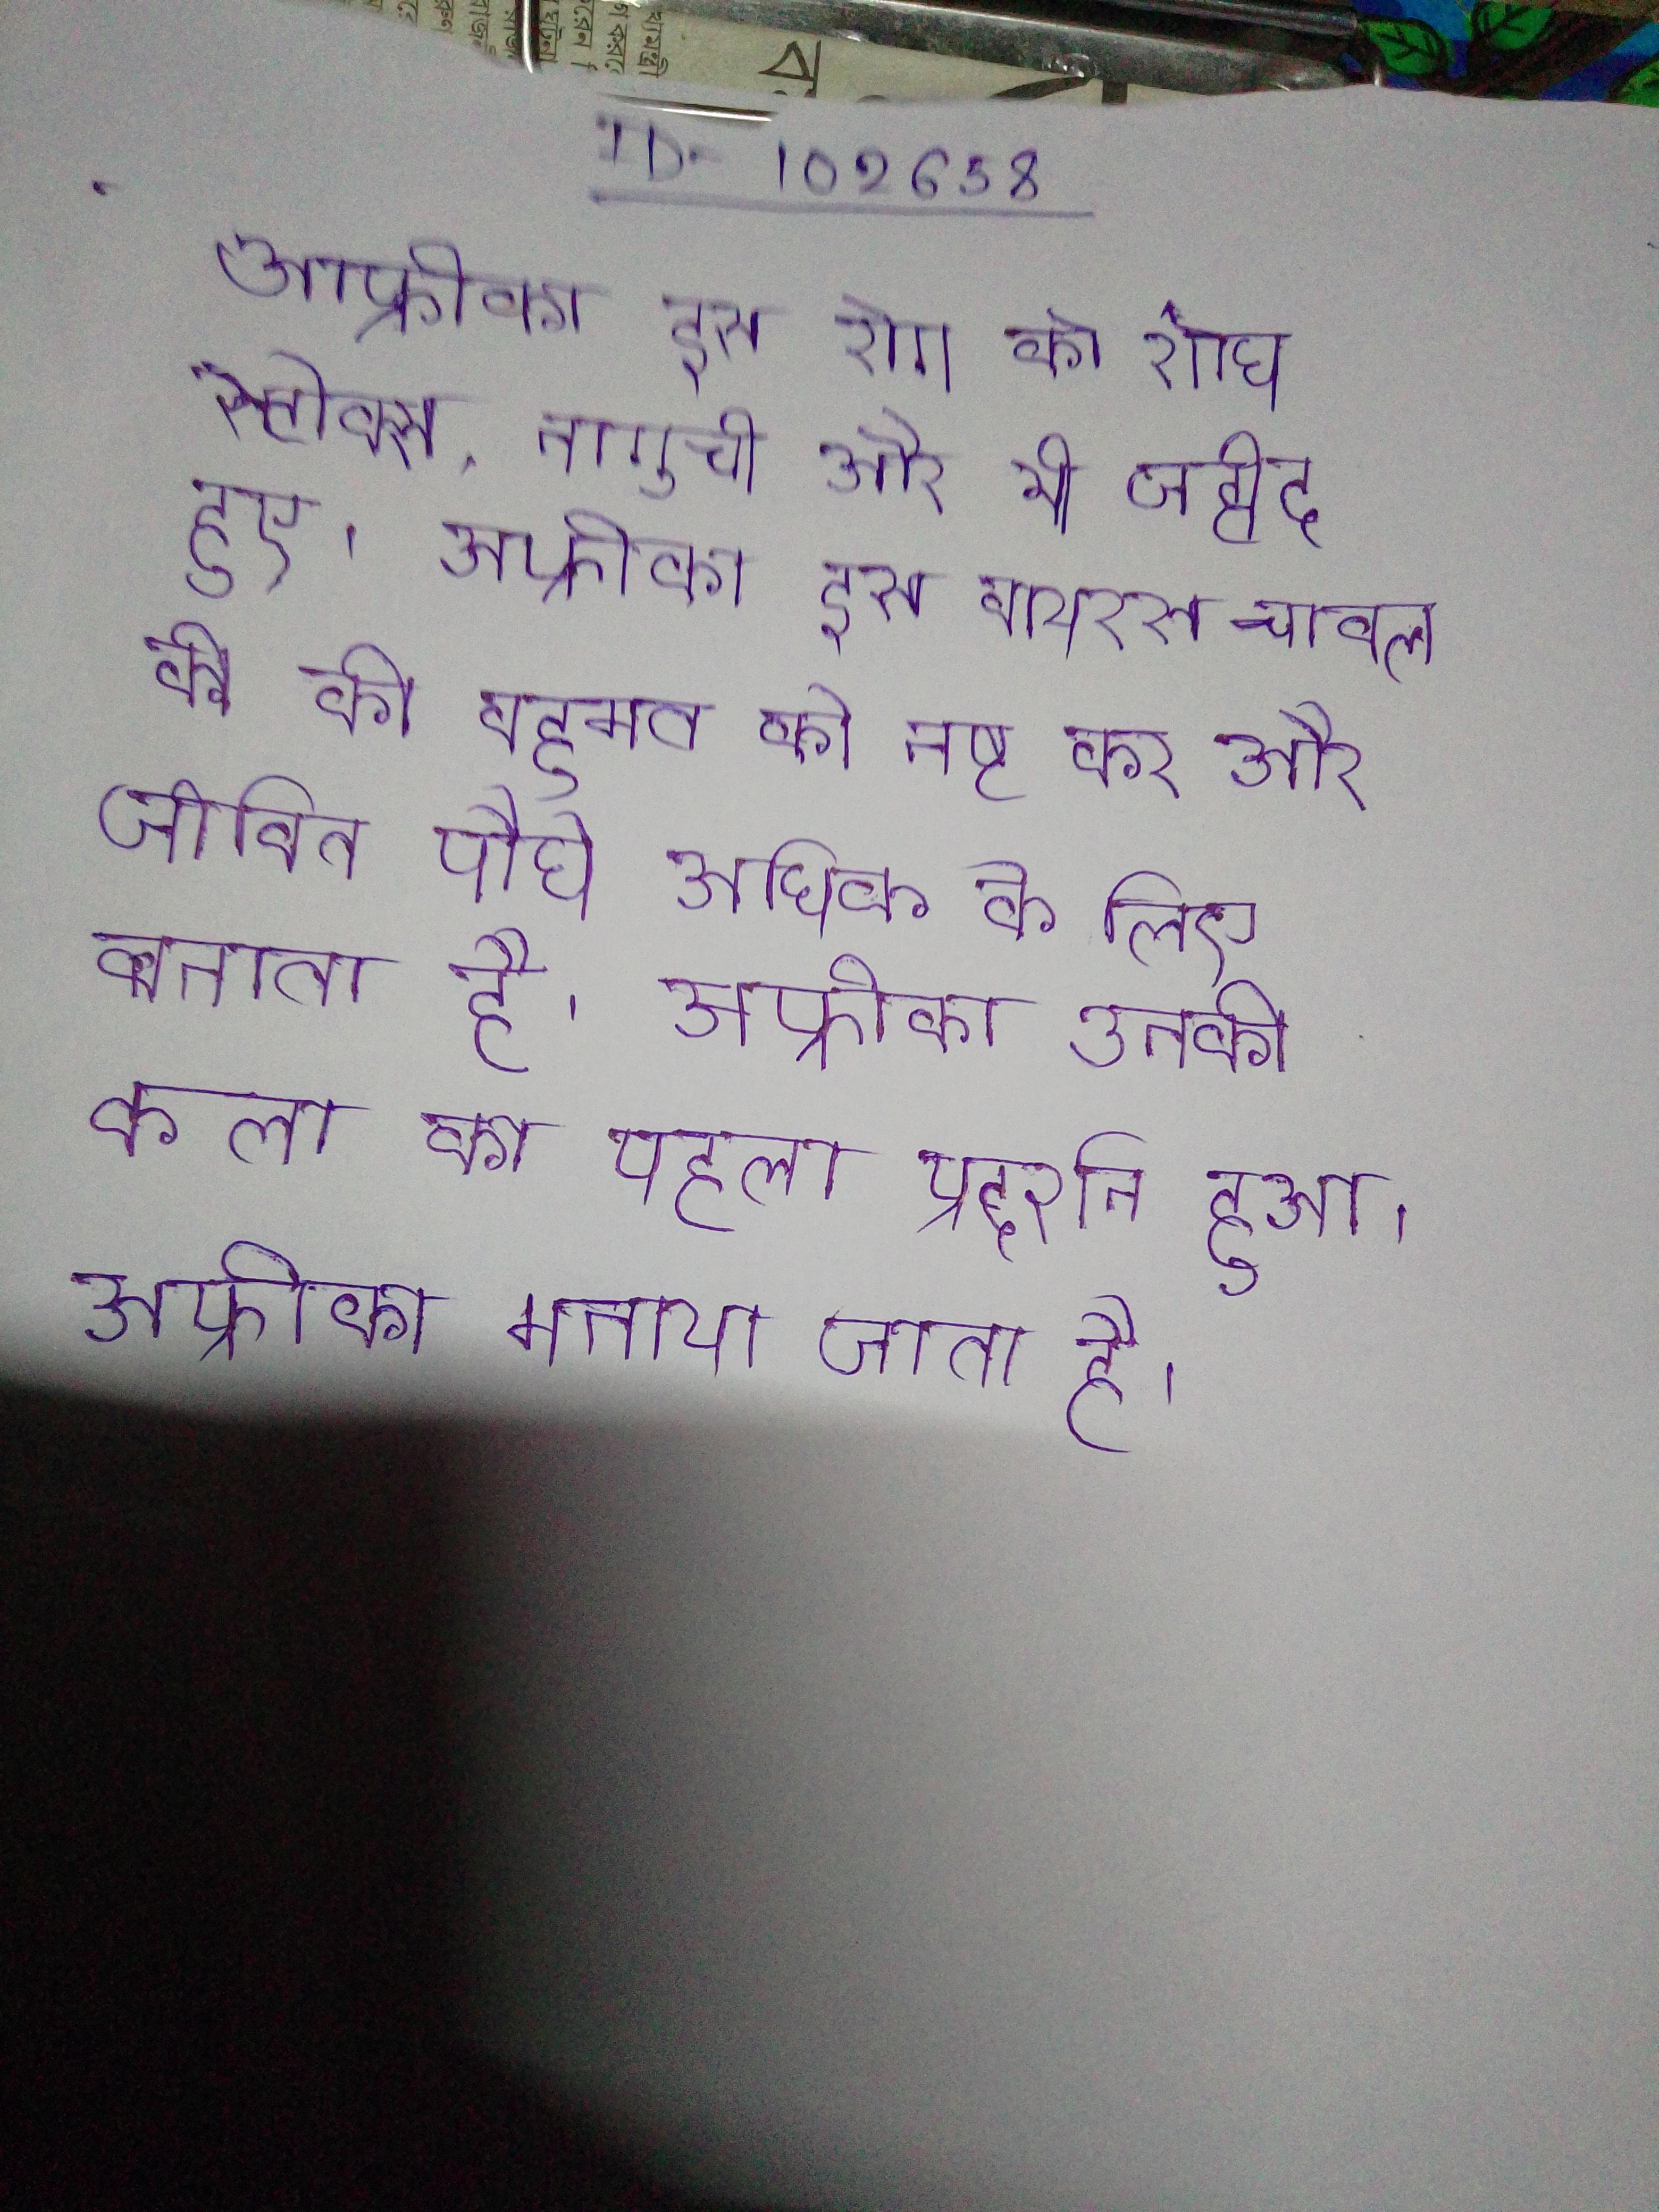
अफ्रीका इस रोग को शोध स्टोक्स, नागुची और भी जहीद हुए । अफ्रीका इस वायरस चावल की की बहुमत को नष्ट कर और जीवित पौधे अधिक के लिए बनाता है । अफ्रीका उनकी कला का पहला प्रदर्शन हुआ । अफ्रीका मनाया जाता है ।